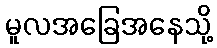
မူလအခြေအနေသို့